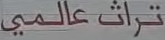
تراث عالمي